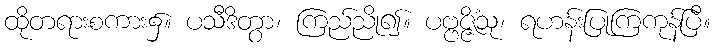
ထိုတရားစကား၌။ ပသီဒိတွာ၊ ကြည်ညို၍။ ပဗ္ဗဇ္ဇိံသု၊ ရဟန်းပြုကြကုန်ပြီ။